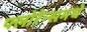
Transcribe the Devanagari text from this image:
फ्लोरेन्समधे